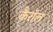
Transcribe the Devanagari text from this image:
कैराॅल